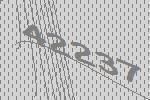
42237